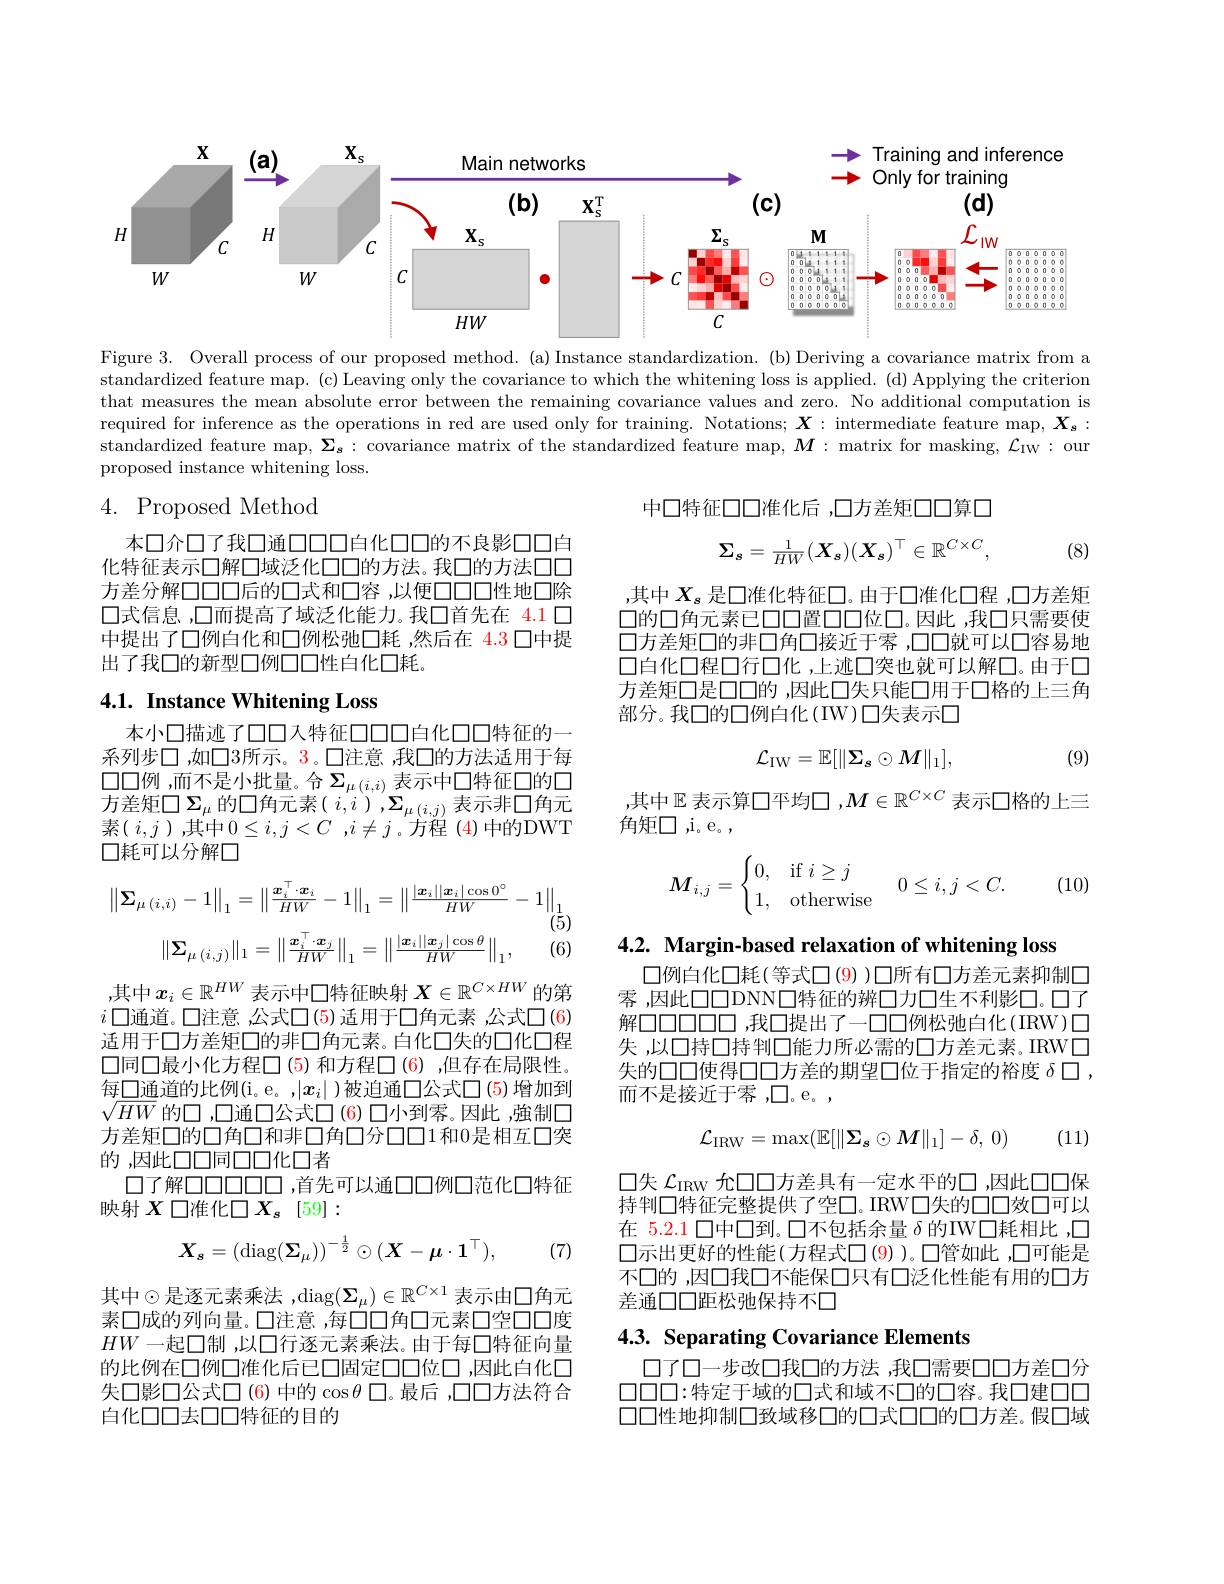
<FigureHere>

Figure 3. Overall process of our proposed method. (a)Instance standardization. (b) Deriving a covariance matrix from a standardized feature map. (c) Leaving only the covariance to which the whitening loss is applied. (d) Applying the criterion that measures the mean absolute error between the remaining covariance values and zero. No additional computation is required for inference as the operations in red are used only for training. Notations; $\boldsymbol{X}:$ intermediate feature map, $\boldsymbol{X_{s}}:$ standardized feature map, $\boldsymbol{\Sigma_{\boldsymbol{s}}:\text{ covariance matrix of the standardized feature map, }\boldsymbol{M}:\text{ matrix for masking, }\mathcal{L_{1W}:\text{ our}}}$ proposed instance whitening loss.

中口特征口口准化后，口方差矩口口算口

## 4. Proposed Method
$$\boldsymbol{\Sigma_{s}}=\frac{1}{HW}(\boldsymbol{X_{s}})(\boldsymbol{X_{s}})^{\top}\in\mathbb{R}^{C\times C},$$
(8)

本口介口了我口通口口口白化口口的不良影口口白化特征表示口解口域泛化口口的方法。我口的方法口口方差分解口口口后的口式和口容，以便口口性地口除口式信息，口而提高了域泛化能力。我口首先在 4.1 口中提出了口例白化和口例松弛囗耗 ,然后在 4.3 口中提出了我口的新型口例口口性白化口耗。

,其中$X_s$是口准化特征口。由于口准化口程 ,口方差矩$\square$的口角元素已口口置口口位口。因此，我口只需要使口方差矩口的非口角口接近于零 ,口口就可以口容易地口白化口程口行口化 ,上迹口突也就可以解口。由于口方差矩口是口口的 ,因此口失只能口用于口格的上三角部分。我口的口例白化(IW)口失表示口

## 4.1. Instance Whitening Loss
$$\mathcal{L}_{\mathrm{IW}}=\mathbb{E}[\|\Sigma_{s}\odot M\|_{1}],$$
(9)

本小口描迹了口口人特征口口口白化口口特征的一系列步口，如口3所示。3。口注意 ,我口的方法适用于每口口例 ,而不是小批量。合$\Sigma_{\mu(i,i)}$表示中口特征口的口方 差 矩 口 $\Sigma _{\mu }$的 口 角 元 素 ( $i, i)$ $, \Sigma _{\mu ( i, j) }$ 表 示 非 口 角 元 中 $( i, i) + \cdots + \omega _{\mu }( i, i)$ ,表 示 排 口 角 元素( $i, j$ ),其中$0\leq i, j< C$ $, i\neq j$。方程 (4)中的DWT 口耗可以分解口

,其中$\mathbb{E}$表示算口平均口$,M\in\mathbb{R}^{C\times C}$表示口格的上三
角矩$\square,i。e$。,

(10)
$$M_{i,j}=\begin{cases}0,&\text{if}i\ge j\\1,&\text{otherwise}\end{cases}\quad0\le i,j<C.$$
$$\left\|\boldsymbol{\Sigma}_{\mu\:(i,i)}-1\right\|_{1}=\left\|\frac{\boldsymbol{x}_{i}^{\top}\cdot\boldsymbol{x}_{i}}{HW}-1\right\|_{1}=\left\|\frac{|\boldsymbol{x}_{i}||\boldsymbol{x}_{i}|\cos0^{\circ}}{HW}-1\right\|_{1}\\\text{(5)}\\\|\boldsymbol{\Sigma}_{\mu\:(i,j)}\|_{1}=\left\|\frac{\boldsymbol{x}_{i}^{\top}\cdot\boldsymbol{x}_{j}}{HW}\right\|_{1}=\left\|\frac{|\boldsymbol{x}_{i}||\boldsymbol{x}_{j}|\cos\theta}{HW}\right\|_{1},\text{(6)}$$
4.2. Margin-based relaxation of whitening loss

口例白化口耗(等式口(9))口所有口方差元素抑制口雾，因此口口DNN口特征的辨口力口生不利影口。口了解口口口口口口，我口提出了一口口例松弛白化(IRW)口失，以口持口持判口能力所必需的口方差元素。IRW口失的口口使得口口方差的期望口位于指定的裕度$\delta\square$, 而不是接近于零，口。e。,

,其中$x_i\in\mathbb{R}^{HW}$表示中口特征映射$X\in\mathbb{R}^{C\times HW}$的第$i$口通道。口注意 ,公式口(5) 适用于口角元素 ,公式口(6) 适用于口方差矩口的非口角元素。白化口失的口化口程$\square$同口最小化方程◯(5)和方程◯(6),但存在局限性。每□通道的比例(i。e。,$|x_i|$ )被迫通口公式口(5)增加到$\sqrt{HW}$的口 ,口通口公式口 (6) 口小到雾。因此 ,強制口方差矩口的口角口和非口角口分口口1和0是相互口突的，因此口口同口口化口者
口了解口口口口口口，首先可以通口口例口范化口特征
映射$X$口准化$\square X_s$ [59]:

(11)
$$\mathcal{L}_{\mathrm{IRW}}=\max(\mathbb{E}[\|\boldsymbol{\Sigma}_{\boldsymbol{s}}\odot\boldsymbol{M}\|_{1}]-\delta,\:0)$$
口失$\mathcal{L}_\mathrm{IRW}$允口口方差具有一定水平的口 ,因此口口保持判口特征完整提供了空口。IRW口失的口口效口可以在 5.2.1 口中口到。口不包括余量$\delta$的IW口耗相比 ,口$\square$示出更好的性能(方程式口(9))。口管如此，口可能是不口的 ,因口我口不能保口只有口泛化性能有用的口方差通口口距松弛保持不口
$$\boldsymbol{X}_{\boldsymbol{s}}=(\mathrm{diag}(\boldsymbol{\Sigma}_{\mu}))^{-\frac{1}{2}}\odot(\boldsymbol{X}-\boldsymbol{\mu}\cdot\boldsymbol{1}^{\top}),$$
(7)

## 4.3. Separating Covariance Elements

其中$\odot$是逐元素乘法 ,diag$(\Sigma_\mu)\in\mathbb{R}^C\times1$ 表示由口角元素$\square$成的列向量。口注意，每口口角口元素口空口口度$HW$一起口制 ,以口行逐元素乘法。由于每口特征向量的比例在口例口准化后已口固定口口位口，因此白化口失口影口公式口(6) 中的$\cos\theta$ 口。最后 ,口口方法符合白化口口去口口特征的目的

口了口一步改口我口的方法 ,我口需要口口方差口分$\square\square\square\square{:}$特定于域的口式和域不口的口容。我口建口口口口性地抑制口致域移口的口式口口的口方差。假口域